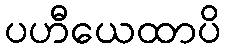
ပဟီယေထာပိ